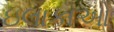
ઇલાકાઓ